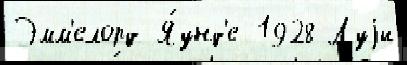
Эмм'елорд Я́унд'е 1928 Луjи